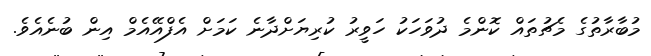
މުބާރާތުގެ މެޗުތައް ކޮންމެ ދުވަހަކު ހަވީރު ކުރިޔަށްދާނެ ކަމަށް އެފްއޭއެމް އިން ބުނެއެވެ.